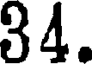
34.